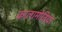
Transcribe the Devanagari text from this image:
कालामोतिया